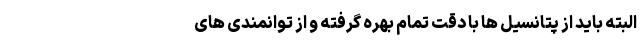
البته باید از پتانسیل ها با دقت تمام بهره گرفته و از توانمندی های